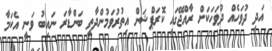
އަދި ދުވަހެއް ދުވަހަކަށް ރާއްޖޭގައި ކޮރަޕްޝަން އިތުރުވަމުންދާތީ ބަންޑާރަ ނައިބު ވަނީ އެކަމާ